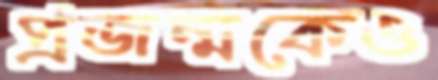
প্রজন্মকেও